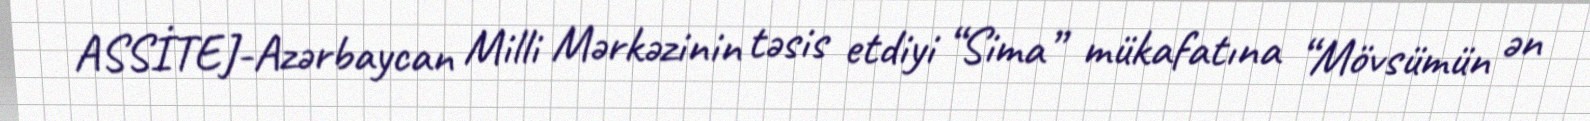
ASSİTEJ-Azərbaycan Milli Mərkəzinin təsis etdiyi “Sima” mükafatına “Mövsümün ən